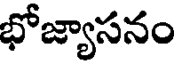
భోజ్యాసనం